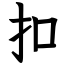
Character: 扣